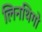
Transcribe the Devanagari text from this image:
लिनथिगो